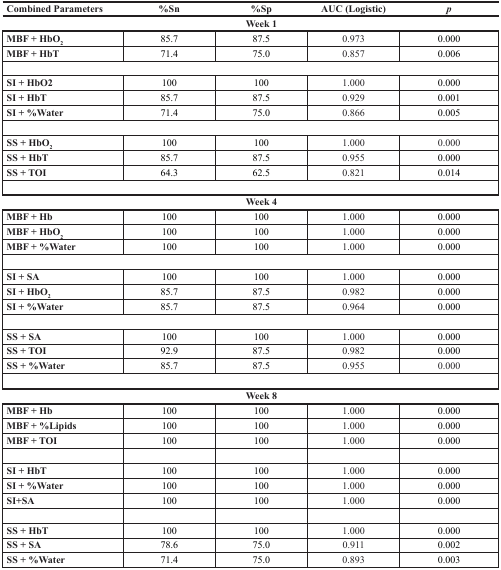
| Combined Parameters | %Sn | %Sp | AUC (Logistic) | p |
 | <COLSPAN=5> Week 1 |
 | --- | --- | --- | --- | --- |
 | MBF + HbO2 | 85.7 | 87.5 | 0.973 | 0.000 |
 | MBF + HbT | 71.4 | 75.0 | 0.857 | 0.006 |
 | SI + HbO2 | 100 | 100 | 1.000 | 0.000 |
 | SI + HbT | 85.7 | 87.5 | 0.929 | 0.001 |
 | SI + %Water | 71.4 | 75.0 | 0.866 | 0.005 |
 | SS + HbO2 | 100 | 100 | 1.000 | 0.000 |
 | SS + HbT | 85.7 | 87.5 | 0.955 | 0.000 |
 | SS + TOI | 64.3 | 62.5 | 0.821 | 0.014 |
 | <COLSPAN=5> Week 4 |
 | MBF + Hb | 100 | 100 | 1.000 | 0.000 |
 | MBF + HbO2 | 100 | 100 | 1.000 | 0.000 |
 | MBF + %Water | 100 | 100 | 1.000 | 0.000 |
 | SI + SA | 100 | 100 | 1.000 | 0.000 |
 | SI + HbO2 | 85.7 | 87.5 | 0.982 | 0.000 |
 | SI + %Water | 85.7 | 87.5 | 0.964 | 0.000 |
 | SS + SA | 100 | 100 | 1.000 | 0.000 |
 | SS + TOI | 92.9 | 87.5 | 0.982 | 0.000 |
 | SS + %Water | 85.7 | 87.5 | 0.955 | 0.000 |
 | <COLSPAN=5> Week 8 |
 | MBF + Hb | 100 | 100 | 1.000 | 0.000 |
 | MBF + %Lipids | 100 | 100 | 1.000 | 0.000 |
 | MBF + TOI | 100 | 100 | 1.000 | 0.000 |
 | SI + HbT | 100 | 100 | 1.000 | 0.000 |
 | SI + %Water | 100 | 100 | 1.000 | 0.000 |
 | SI+SA | 100 | 100 | 1.000 | 0.000 |
 | SS + HbT | 100 | 100 | 1.000 | 0.000 |
 | SS + SA | 78.6 | 75.0 | 0.911 | 0.002 |
 | SS + %Water | 71.4 | 75.0 | 0.893 | 0.003 |